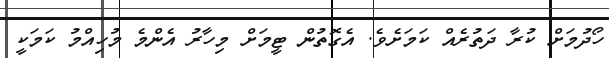
ހޯދުމަށް ކުރާ ދަތުރެއް ކަމަށެވެ. އެގޮތުން ޓީމަށް މިހާރު އެންމެ މުހިއްމު ކަމަކީ